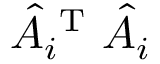
\hat { A } _ { i } ^ { \mathrm { ~ T ~ } } \hat { A } _ { i }